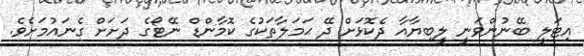
އިޓަލީ ބޭނުންވަނީ ލީބިޔާއާ ދެކޮޅަށް ދޭ ޙަމަލާތަކުގެ ކޮމާންޑް ނޭޓޯގެ ދަށަށް ގެނައުމަށެވެ.